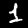
Label: 1